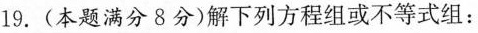
19.(本题满分8分)解下列方程组或不等式组：